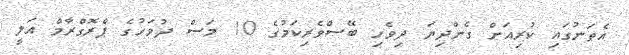
އެތަނުގައި ކުރިއަށް ގެންދިޔަ ދިވެހި ބޭސްވެރިކަމުގެ 10 މަސް ދުވަހުގެ ޕްރޮގްރާމް އަލީ